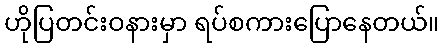
ဟိုပြတင်းဝနားမှာ ရပ်စကားပြောနေတယ်။